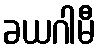
ခယဂါမီ